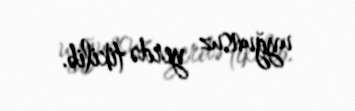
uyğunsuz yerdə tikilib.